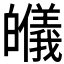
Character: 𱱾